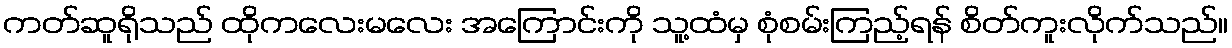
ကတ်ဆူရိုသည် ထိုကလေးမလေး အကြောင်းကို သူ့ထံမှ စုံစမ်းကြည့်ရန် စိတ်ကူးလိုက်သည်။